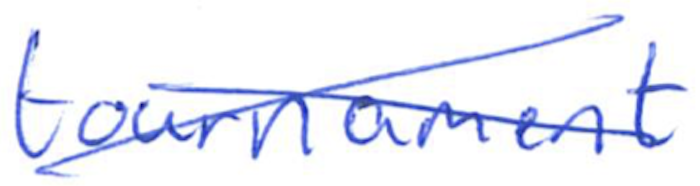
Text: tournament
Cross-out: cross
Writing tool: ballpoint